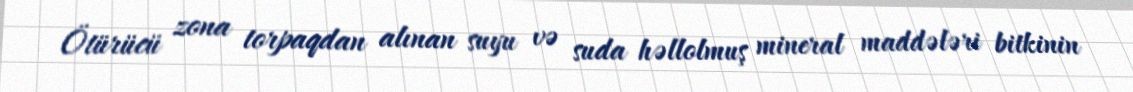
Ötürücü zona torpaqdan alınan suyu və suda həllolmuş mineral maddələri bitkinin